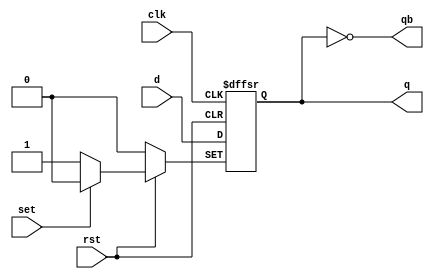
module d_ff(
	clk,
	rst,
	set,
	d,
	q,
	qb);
	
	input 					clk, rst, set;
	input 					d;
	output 					q, qb;
	
	reg				q;
	
	assign			qb	=	~q;
	
	always @ (posedge clk or negedge rst or negedge set) begin
		if(!rst)
			q <= 0;
		else if(!set)
			q <= 1;
		else
			q <= d;
	end
	
endmodule